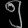
Digit: ၅